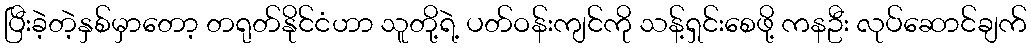
ပြီးခဲ့တဲ့နှစ်မှာတော့ တရုတ်နိုင်ငံဟာ သူတို့ရဲ့ ပတ်ဝန်းကျင်ကို သန့်ရှင်းစေဖို့ ကနဦး လုပ်ဆောင်ချက်